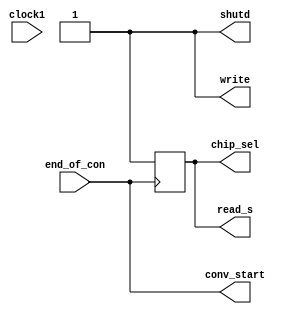
module MAX11046_module1 (clock1, end_of_con, conv_start, chip_sel, write , read_s, shutd ); 
		input wire clock1; 
		input wire end_of_con;
		 
	
		output reg 	    conv_start;
		output reg		chip_sel;
		output reg		write   ;
		output reg		read_s  ;
		output reg 		shutd	;


		reg u1; 
		
		initial
			begin
				//Registors =0
				
				//u1 = 1'b0 ;
				
				//switch_rst = 1'b0;
				
				//Chip pins intial state
				chip_sel   = 1'b1;
				read_s     = 1'b1;
				write      = 1'b1;
				conv_start = 1'b1;
				shutd	   = 1'b1;
				#1000;
			end

always @ (end_of_con) 
	begin 
		
		conv_start = end_of_con; 
		#1000;
		
	end	

always @( negedge end_of_con  )
			begin
				
				
					if (end_of_con == 1'b0 ) 
							
							
													
							read_s	 = 1'b0; 
							#50
							chip_sel = 1'b0;
							#35000 
							
							read_s	 = 1'b1;	
								#15000
							read_s	 = 1'b0; 
								#35000 
							read_s	 = 1'b1;
							    #15000
							read_s	 = 1'b0; 
								#35000 
							read_s	 = 1'b1;
								#15000
							read_s	 = 1'b0; 
								#35000 
							read_s	 = 1'b1;
							   #15000   
							 read_s	 = 1'b0; 
								#35000 
							read_s	 = 1'b1; 
								#15000
							read_s	 = 1'b0; 
								#35000 
							read_s	 = 1'b1;
							chip_sel = 1'b1;							
							    #500;
								
						  // u1 = u1 + 1'b1;
						   //u1 = u1 - 1'b1;
						    								
					end	
		
		
		
		

endmodule